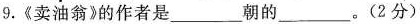
9.《卖油翁》的作者是___朝的___。(2分)